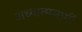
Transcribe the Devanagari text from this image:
अध्यात्ममार्गी